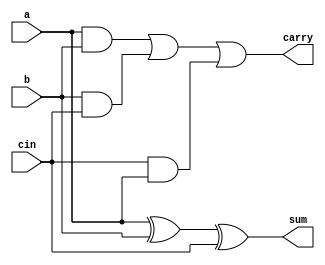
`timescale 1ns / 1ps

module FullAdder (
    input  a,
    b,
    cin,
    output sum,
    carry
);
  assign sum   = a ^ b ^ cin;
  assign carry = (a & b) | (b & cin) | (cin & a);
endmodule